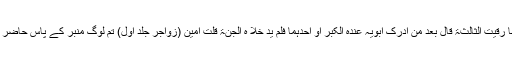
فَلَمَّا رَقِیْتُ الثَّالِثَۃَ قَالَ بَعُدَ مَنْ اَدْرَکَ اَبَوَیْہِ عِنْدَہُ الْکِبَرُ اَوْ اَحَدَہُمَا فَلَمْ یُدْ خِلَا ہُ الْجَنَّۃَ قُلْتُ اٰمِیْنَ (زواجر جلد اول) تم لوگ منبر کے پاس حاضر ہو۔